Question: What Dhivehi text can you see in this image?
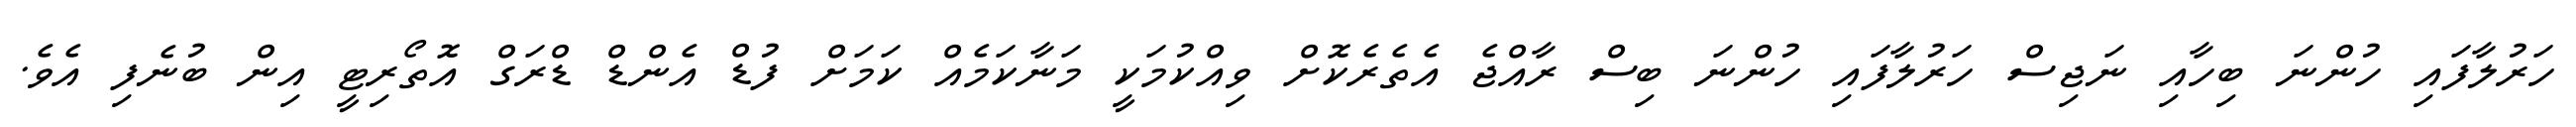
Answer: ހަރުލާފައި ހުންނަ ބިހާއި ނަޖިސް ހަރުލާފައި ހުންނަ ބިސް ރާއްޖެ އެތެރެކޮށް ވިއްކުމަކީ މަނާކަމެއް ކަމަށް ފުޑް އެންޑް ޑްރަގް އޮތޯރިޓީ އިން ބުނެފި އެވެ.